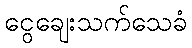
ငွေချေးသက်သေခံ